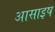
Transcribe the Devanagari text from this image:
आसाइष